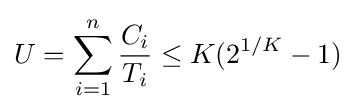
U=\sum _{i=1}^{n}{\frac {C_{i}}{T_{i}}}\leq K({2}^{1/K}-1)